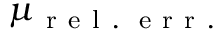
\mu _ { \mathrm { ~ r ~ e ~ l ~ . ~ \! ~ e ~ r ~ r ~ . ~ } }